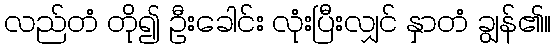
လည်တံ တို၍ ဦးခေါင်း လုံးပြီးလျှင် နှာတံ ချွန်၏။